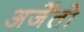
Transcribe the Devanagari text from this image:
अर्जेंतो